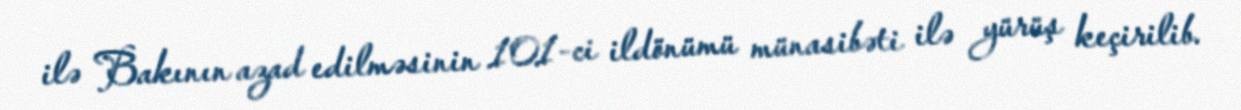
ilə Bakının azad edilməsinin 101-ci ildönümü münasibəti ilə yürüş keçirilib.